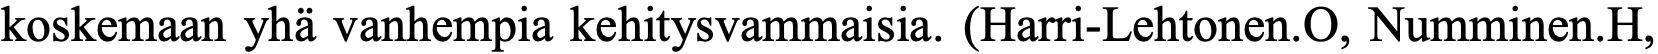
koskemaan yhä vanhempia kehitysvammaisia. (Harri-Lehtonen.O, Numminen.H,